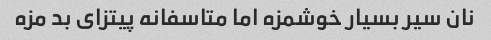
نان سیر بسیار خوشمزه اما متاسفانه پیتزای بد مزه